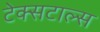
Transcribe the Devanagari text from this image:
टेक्सटाल्स